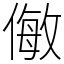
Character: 𠍁